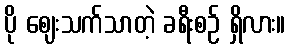
ပို ဈေးသက်သာတဲ့ ခရီးစဉ် ရှိလား။